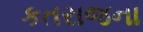
કતરાજના